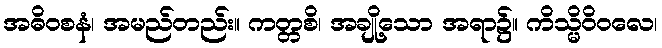
အဓိဝစနံ၊ အမည်တည်း။ ကတ္တစိ၊ အချို့သော အရာ၌။ ကိသ္မိဝိဝလေ၊